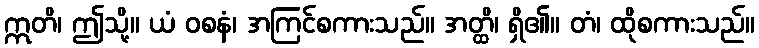
ဣတိ၊ ဤသို့။ ယံ ဝစနံ၊ အကြင်စကားသည်။ အတ္ထိ၊ ရှိ၏။ တံ၊ ထိုစကားသည်။